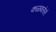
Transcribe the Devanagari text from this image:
कळवलेले